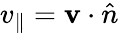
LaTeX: v_{\parallel}={{\mathbf v}\cdot\hat{n}}